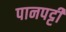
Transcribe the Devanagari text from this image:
पानपट्टी